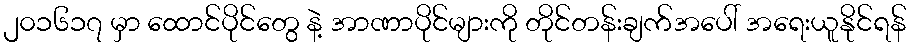
၂၀၁၆၁၇ မှာ ထောင်ပိုင်တွေ နဲ့ အာဏာပိုင်များကို တိုင်တန်းချက်အပေါ် အရေးယူနိုင်ရန်